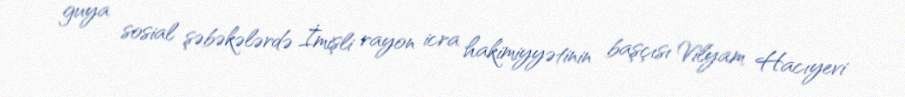
guya sosial şəbəkələrdə İmişli rayon icra hakimiyyətinin başçısı Vilyam Hacıyevi